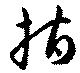
指